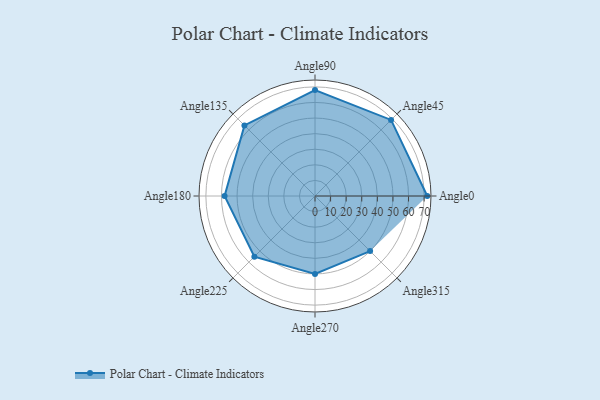
{"axis": {"x": "Angle", "y": "Radius"}, "legend": [""], "data": [{"x": "Angle0", "y": 72.0, "type": ""}, {"x": "Angle45", "y": 69.0, "type": ""}, {"x": "Angle90", "y": 68.0, "type": ""}, {"x": "Angle135", "y": 64.0, "type": ""}, {"x": "Angle180", "y": 58.0, "type": ""}, {"x": "Angle225", "y": 55.0, "type": ""}, {"x": "Angle270", "y": 50.0, "type": ""}, {"x": "Angle315", "y": 50, "type": ""}]}